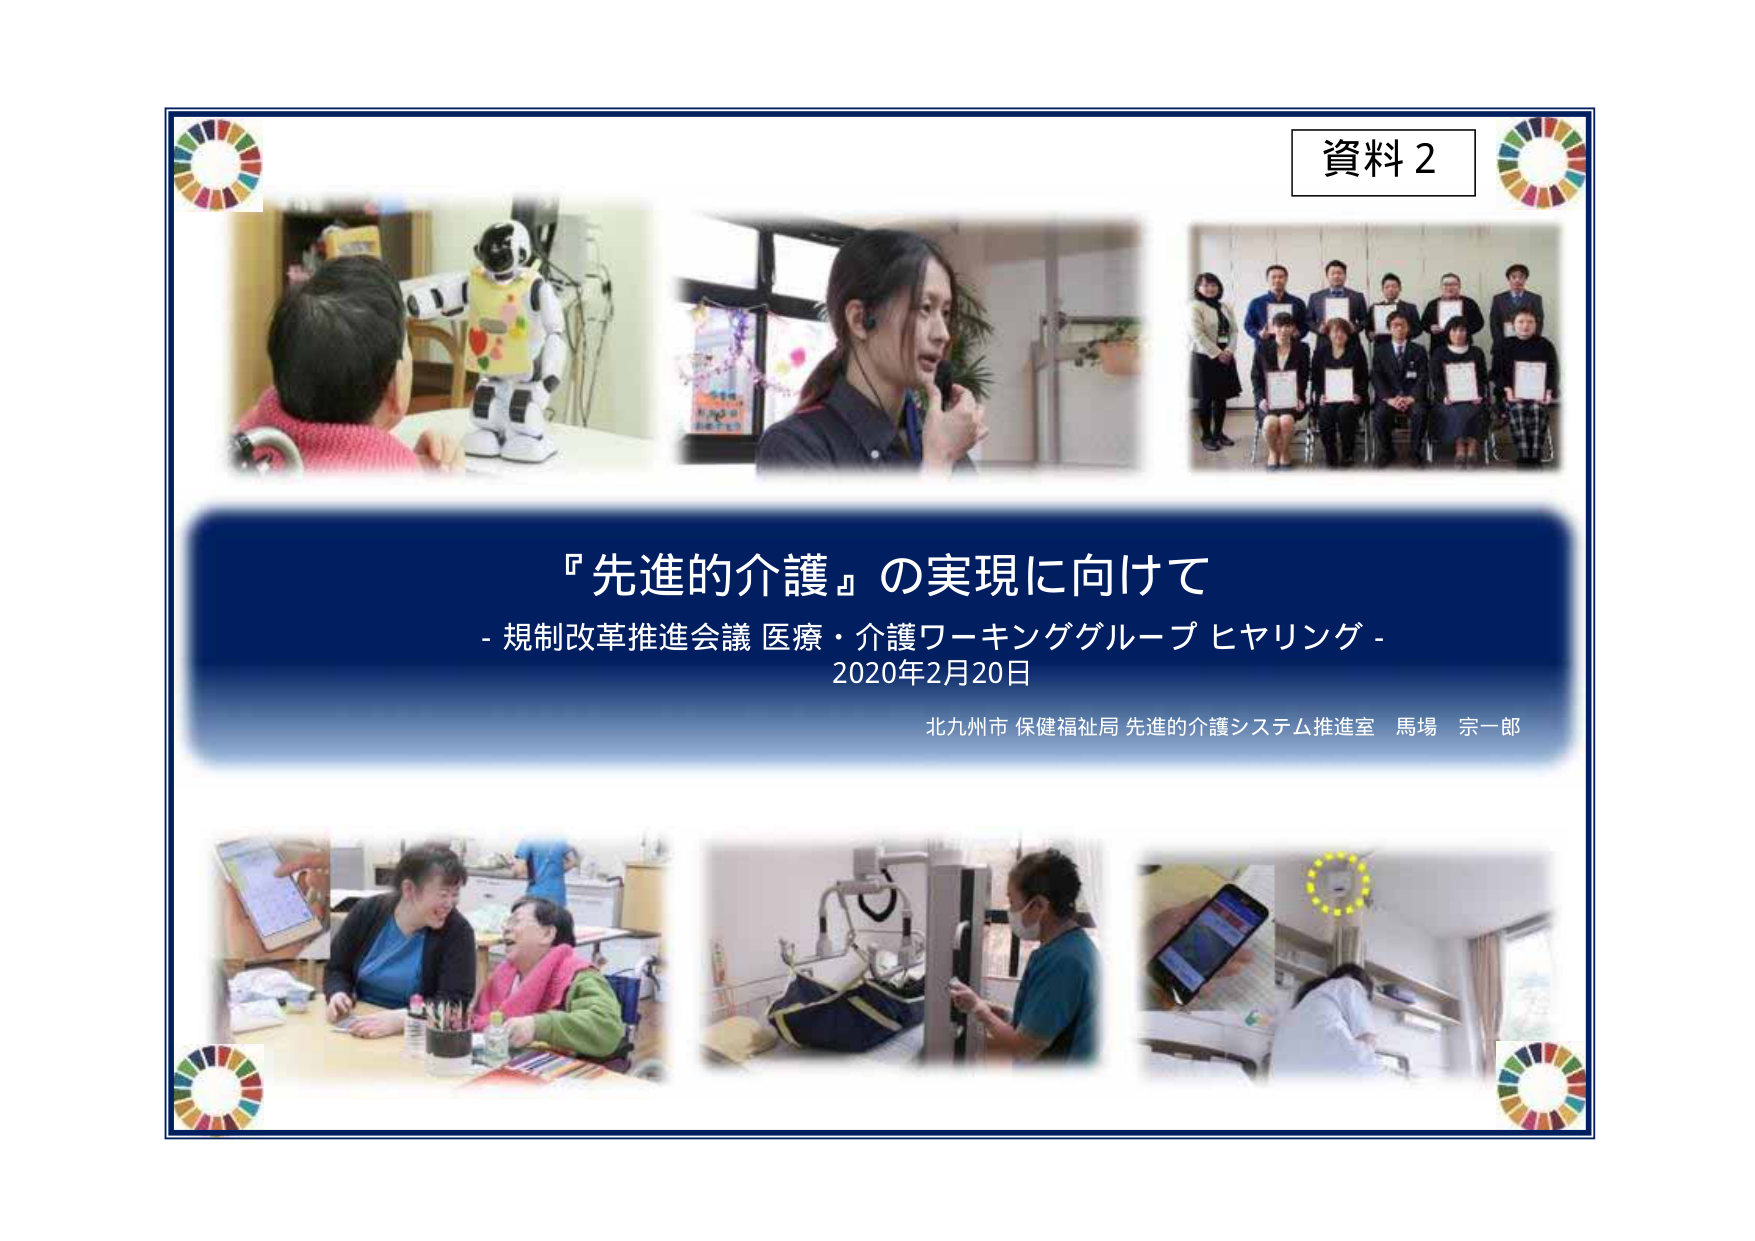
資料２

『先進的介護』の実現に向けて
- 規制改革推進会議 医療・介護ワーキンググループ ヒヤリング -
2020年2月20日

北九州市 保健福祉局 先進的介護システム推進室 馬場 宗一郎